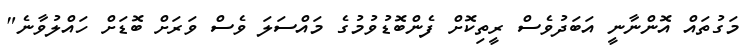
މަގުތައް އޮންނާނީ އަބަދުވެސް ރީތިކޮށް ފެންބޮޑުވުމުގެ މައްސަލަ ވެސް ވަރަށް ބޮޑަށް ހައްލުވާނެ"